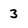
Character: 3